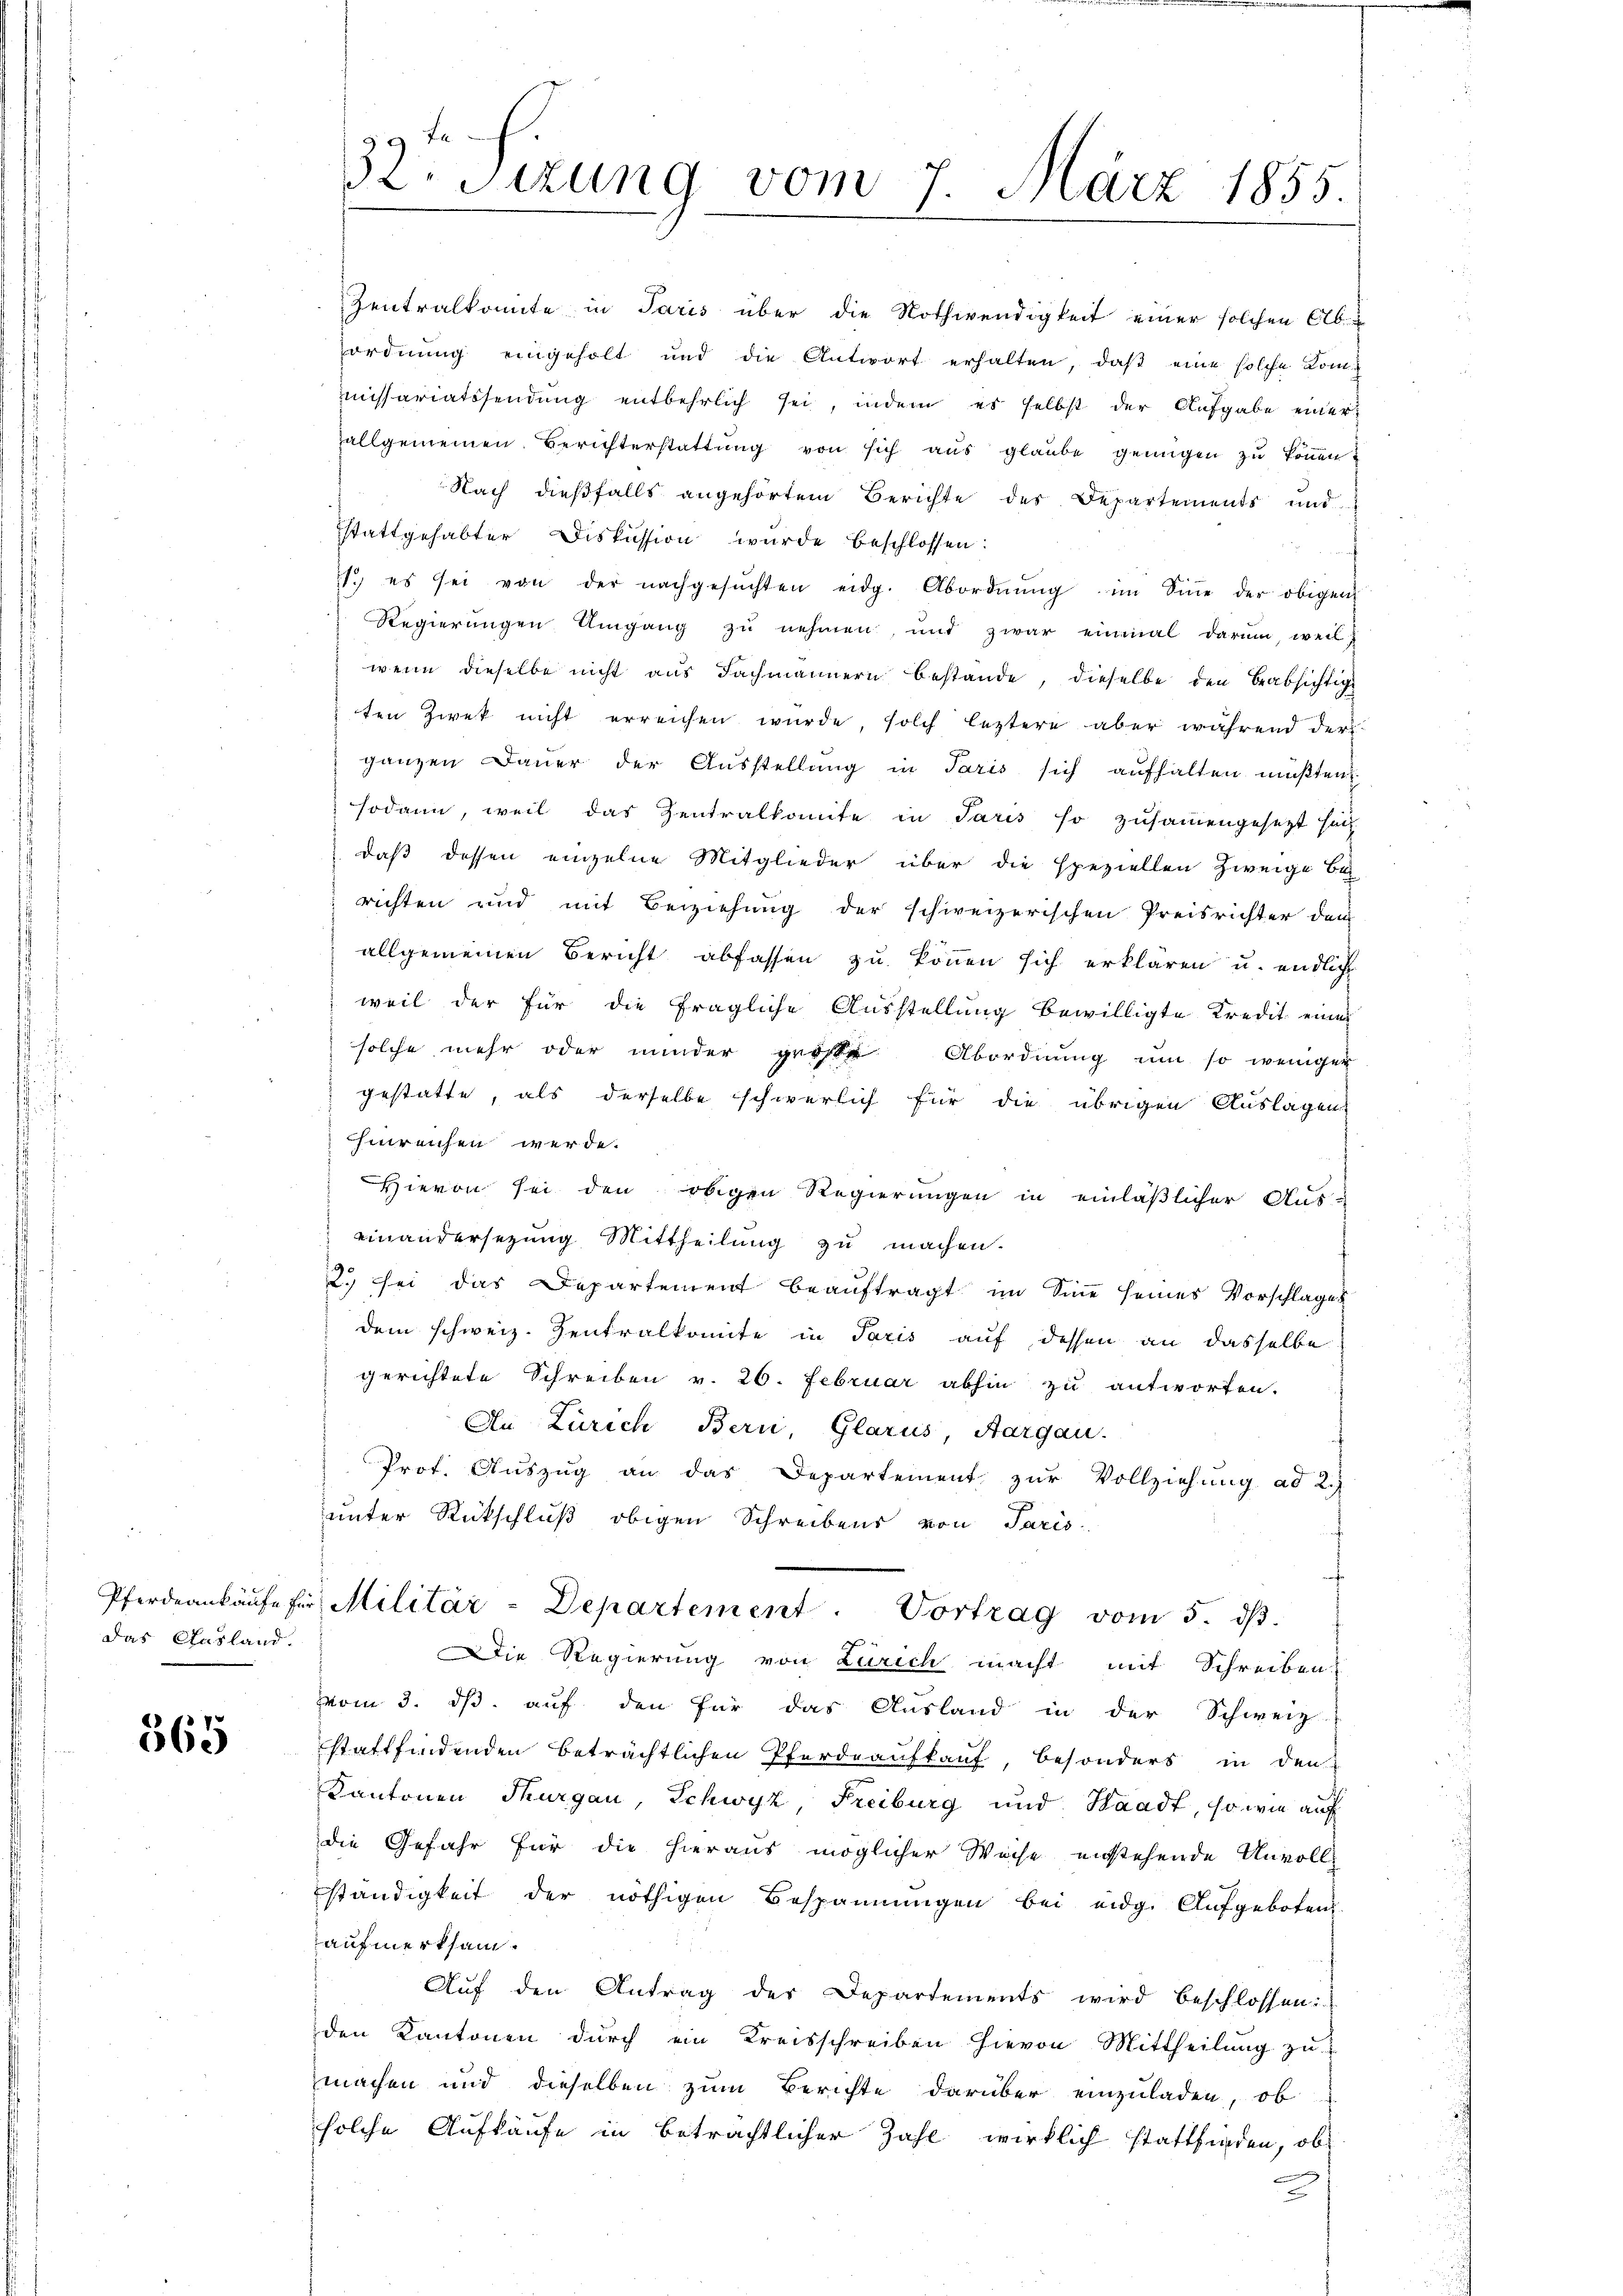
Pferdeankäufe für
das Ausland.

565

32. Sizung vom 7. März 1855.

Zentralkomite in Paris über die Nothwendigkeit einer solchen Ab-
ordnung eingeholt und die Antwort erhalten, daß eine solche Kommissariatssendung entbehrlich sei, indem es selbst der Aufgabe einer
allgemeinen Berichterstattŭng von sich aŭs glaŭbe genügen zu können.
Nach dießfalls angehörtem Berichte des Departements und
sstattgehabter Diskussion wurde beschlossen:
1. es sei von der nachgesŭchten eidg. Abordnŭng im Siṅe der obigen
Regierungen Umgang zu nehmen, und zwar einmal darum, weil
wenn dieselbe nicht aus Fachmännern bestande, dieselbe den beabsichtige
ten Zwek nicht erreichen wurde, solch leztere aber während der
ganzen Dauer der Ausstellung in Paris sich aufhalten müßten
sodann, weil das Zentralkomite in Paris so zusammengesetzt hatt
daß dessen einzelne Mitglieder über die speziellen Zweige Be
richten und mit Beziehung der schweizerischen Preisrichter dem
allgemeinen Bericht abfassen zu können sich erklären u. endlich
weil der für die fragliche Ausstellung bewilligte Kredit eines
solche mehr oder minder große Abordnung um so weniger
gestatte, als derselbe schwerlich für die übrigen Auslagen
hinreichen werde.
Hievon sei den obigen Regierungen in einläßlicher Aus-
einandersezung Mittheilung zu machen.
2.) sei das Departement beauftragt im Sine seines Vorschlages
dem schweiz. Zentralkomite in Paris auf dessen an dasselbe
gerichtete Schreiben v. 26. Februar abhin zu antworten.
An Zürich Bern, Glarus, Aargau.
Prof. Auszug an das Departement zur Vollziehung ad 2.)
unter Rückschluß obigen Schreibens von Paris
 Militär-Departement. Vortrag vom 5. dβ.
A
Die Regierung von Zürich macht mit Schreiben
vom 3. ds. auf den für das Ausland in der Schweiz.
stattfindenden beträchtlichen Pferdraufkauf, besonders in den
Kantonen Thurgau, Schwyz, Freiburg und Waadt, so wie auf
die Gefahr für die hieraus möglicher Woche entstehende Unvoll
ständigkeit der nöthigen Bespannungen bei eidg. Aufgeboten
aufmerksam.
Aŭf den Antrag der Departements wird beschlossen:
den Kantonen dŭrch ein Kreisschreiben hievon Mittheilŭng zŭ
machen und dieselben zum Berichte darüber einzuladen, ob
solche Aufkäufe in beträchtlicher Zahl wirklich stattfinden, ob
2